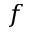
f